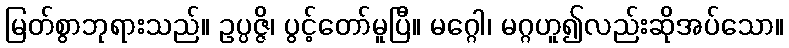
မြတ်စွာဘုရားသည်။ ဥပ္ပဇ္ဇိ၊ ပွင့်တော်မူပြီ။ မဂ္ဂေါ၊ မဂ္ဂဟူ၍လည်းဆိုအပ်သော။